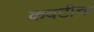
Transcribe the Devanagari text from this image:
कवटीचा